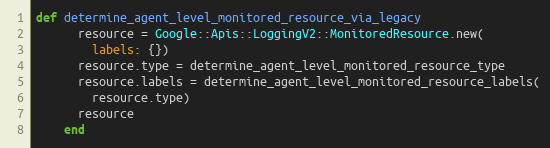
Language: Ruby
def determine_agent_level_monitored_resource_via_legacy
      resource = Google::Apis::LoggingV2::MonitoredResource.new(
        labels: {})
      resource.type = determine_agent_level_monitored_resource_type
      resource.labels = determine_agent_level_monitored_resource_labels(
        resource.type)
      resource
    end